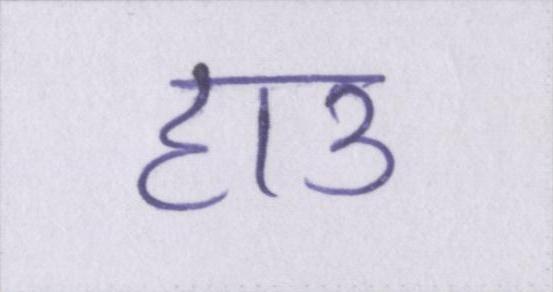
हाउ